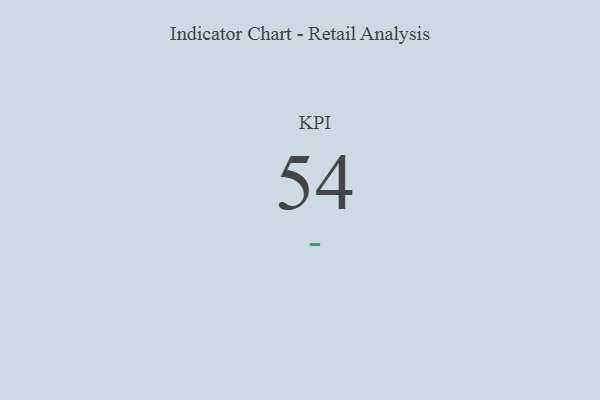
{"axis": {"x": "KPI", "y": "Value"}, "legend": [""], "data": [{"x": "KPI", "y": 54, "type": ""}]}